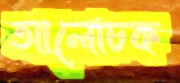
আলোচক